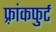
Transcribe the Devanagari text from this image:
फ़्रांकफुर्ट